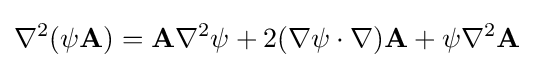
\nabla ^{2}(\psi \mathbf {A} )=\mathbf {A} \nabla ^{2}\psi +2(\nabla \psi \cdot \nabla )\mathbf {A} +\psi \nabla ^{2}\mathbf {A}